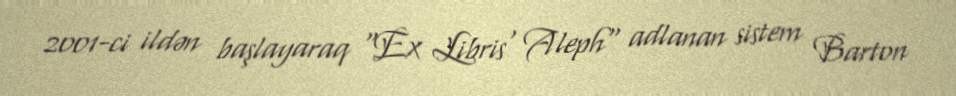
2001-ci ildən başlayaraq "Ex Libris' Aleph" adlanan sistem Barton